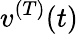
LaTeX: v^{(T)}(t)